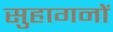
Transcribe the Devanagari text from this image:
सुहागनों